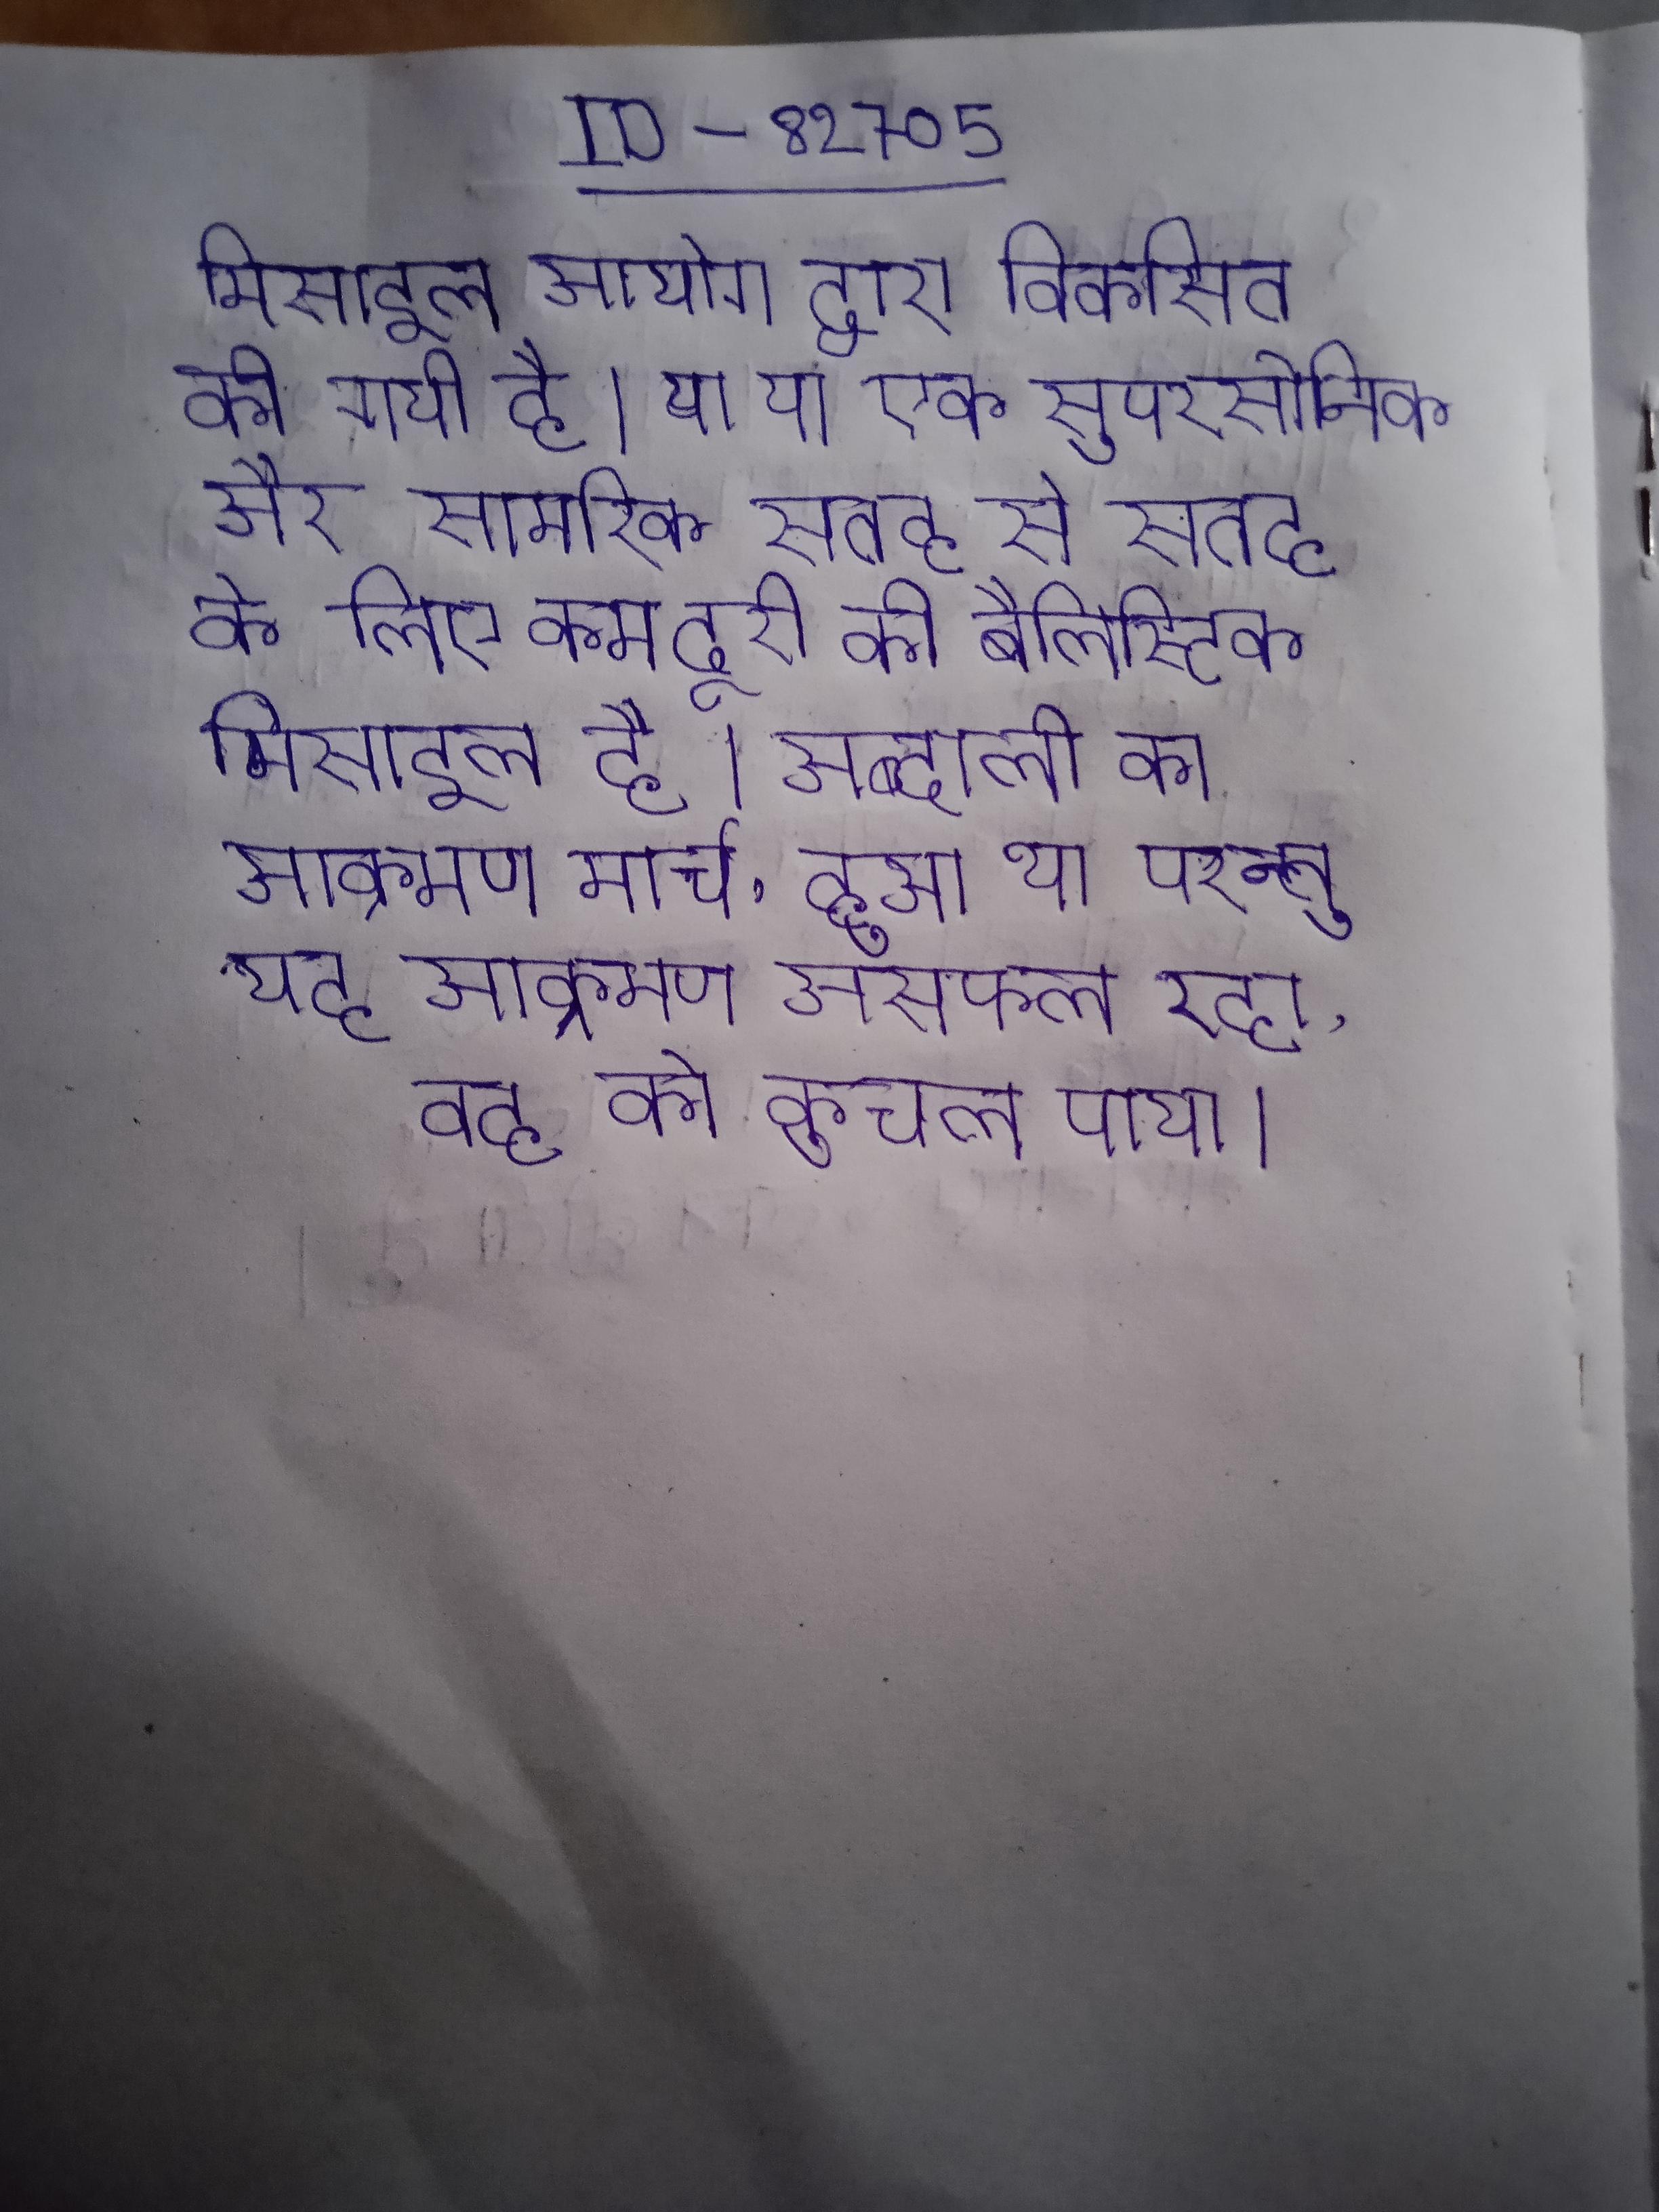
मिसाइल आयोग द्वारा विकसित की गयी है । या या एक सुपरसोनिक और सामरिक सतह से सतह के लिए कम दूरी की बैलिस्टिक मिसाइल है । अब्दाली का आक्रमण मार्च, हुआ था परन्तु यह आक्रमण असफल रहा, वह को कुचल पाया ।